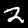
Label: 2